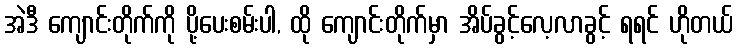
အဲဒီ ကျောင်းတိုက်ကို ပို့ပေးစမ်းပါ, ထို ကျောင်းတိုက်မှာ အိပ်ခွင့်လေ့လာခွင့် ရရင် ဟိုတယ်